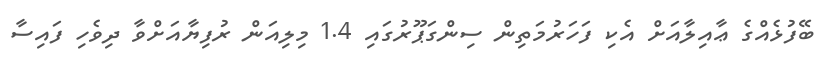
ބޭފުޅެއްގެ ޢާއިލާއަށް އެކި ފަހަރުމަތިން ސިންގަޕޫރުގައި 1.4 މިލިއަން ރުފިޔާއަށްވާ ދިވެހި ފައިސާ